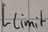
Text: Llimit